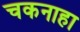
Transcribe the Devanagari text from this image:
चकनाहा